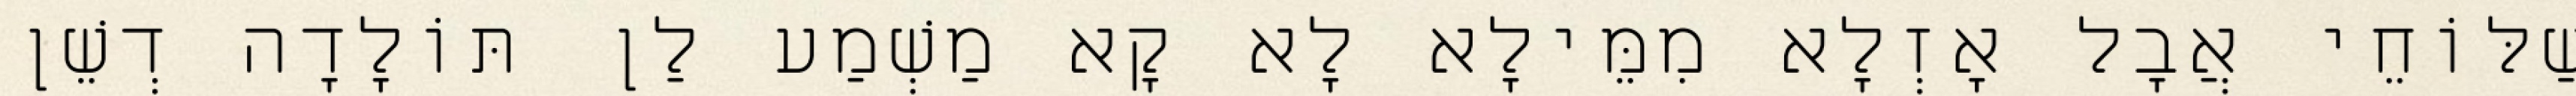
שַׁלּוֹחֵי אֲבָל אָזְלָא מִמֵּילָא לָא קָא מַשְׁמַע לַן תּוֹלָדָה דְשֵׁן